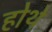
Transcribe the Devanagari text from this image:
होथे